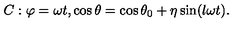
C : \varphi = \omega t , \cos \theta = \cos \theta _ { 0 } + \eta \sin ( l \omega t ) .